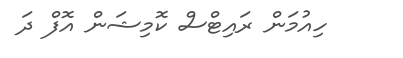
ހިއުމަން ރައިޓްސް ކޮމިޝަން އޮފް ދަ